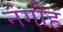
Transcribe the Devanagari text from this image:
नंगौह